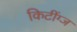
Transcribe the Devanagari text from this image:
किटींग्ज